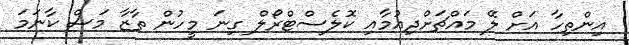
އިންތިހާ އަށް ލޭ މައްޗަށްދިއުމާއި ކޮލެސްޓްރޯލް ގިނަ މީހުން ތާޒާ މަސް ކާނަމަ